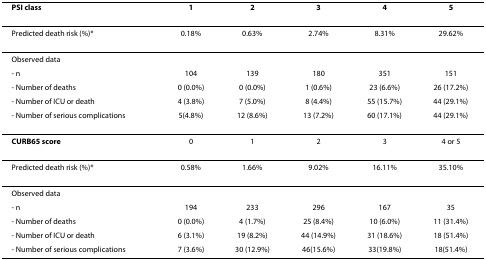
| PSI class | 1 | 2 | 3 | 4 | 5 |
 | --- | --- | --- | --- | --- | --- |
 | Predicted death risk (%)* | 0.18% | 0.63% | 2.74% | 8.31% | 29.62% |
 | Observed data |  |  |  |  |  |
 | - n | 104 | 139 | 180 | 351 | 151 |
 | - Number of deaths | 0 (0.0%) | 0 (0.0%) | 1 (0.6%) | 23 (6.6%) | 26 (17.2%) |
 | - Number of ICU or death | 4 (3.8%) | 7 (5.0%) | 8 (4.4%) | 55 (15.7%) | 44 (29.1%) |
 | - Number of serious complications | 5(4.8%) | 12 (8.6%) | 13 (7.2%) | 60 (17.1%) | 44 (29.1%) |
 | CURB65 score | 0 | 1 | 2 | 3 | 4 or 5 |
 | Predicted death risk (%)* | 0.58% | 1.66% | 9.02% | 16.11% | 35.10% |
 | Observed data |  |  |  |  |  |
 | - n | 194 | 233 | 296 | 167 | 35 |
 | - Number of deaths | 0 (0.0%) | 4 (1.7%) | 25 (8.4%) | 10 (6.0%) | 11 (31.4%) |
 | - Number of ICU or death | 6 (3.1%) | 19 (8.2%) | 44 (14.9%) | 31 (18.6%) | 18 (51.4%) |
 | - Number of serious complications | 7 (3.6%) | 30 (12.9%) | 46(15.6%) | 33(19.8%) | 18(51.4%) |